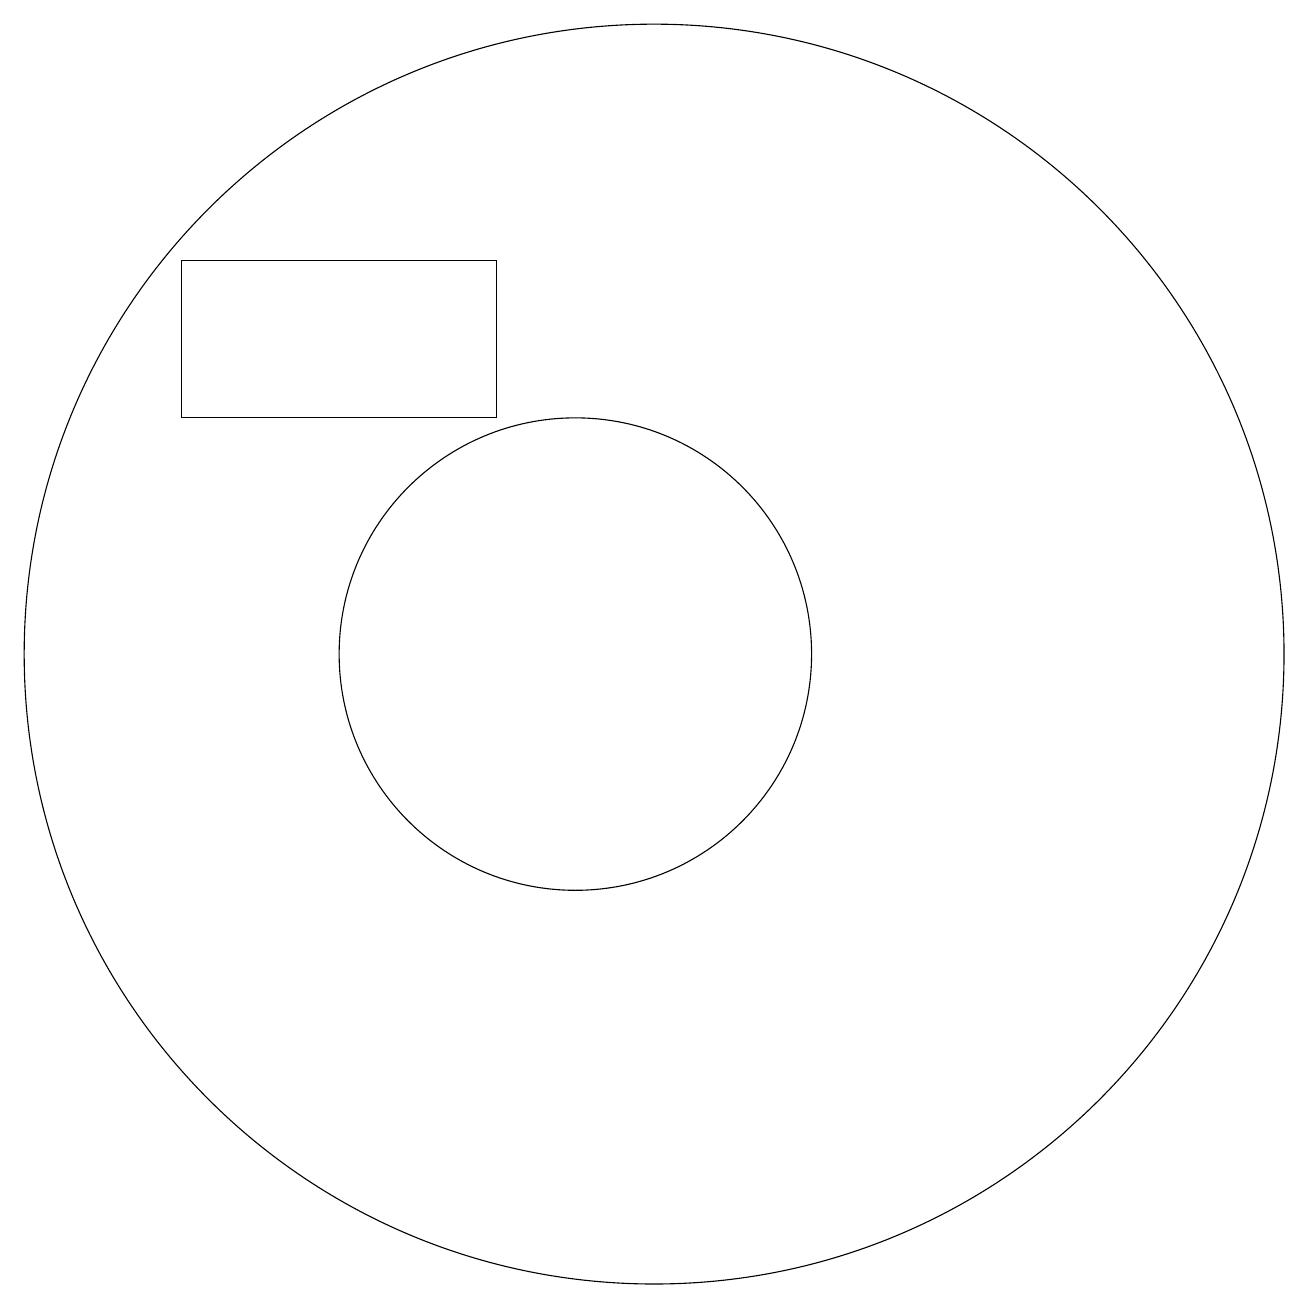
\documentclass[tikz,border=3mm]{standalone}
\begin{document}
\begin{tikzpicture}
\draw (10,11) circle (3);
\draw (5,14) rectangle (9,16);
\draw (11,11) circle (8);
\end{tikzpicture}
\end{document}